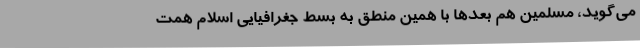
می‌گوید، مسلمین هم بعدها با همین منطق به بسط جغرافیایی اسلام همت